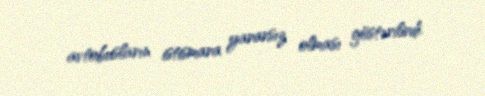
avtobusların istismara yararsız olması göstərilirdi.